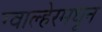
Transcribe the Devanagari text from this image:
ग्वाल्हेरमधून